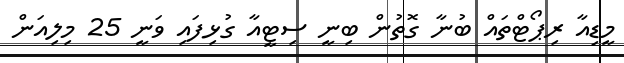
މީޑިއާ ރިޕޯޓްތައް ބުނާ ގޮތުން ބިނީ ސިޓީއާ ގުޅިފައި ވަނީ 25 މިލިއަން